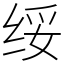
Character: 绥